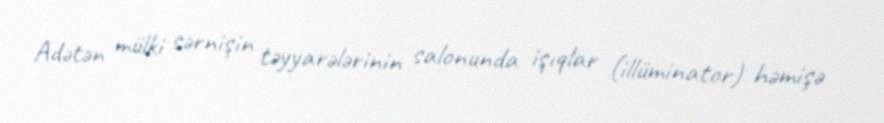
Adətən mülki sərnişin təyyarələrinin salonunda işıqlar (illüminator) həmişə